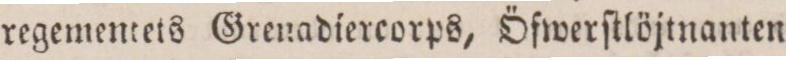
regementets Grenadiercrops, Öfwerſtlöjtnanten